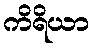
ကိရိယာ